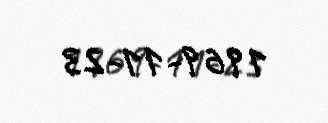
1969-11-23